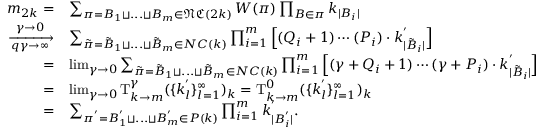
\begin{array} { r l } { m _ { 2 k } = } & { \sum _ { \pi = B _ { 1 } \sqcup . . . \sqcup B _ { m } \in \mathfrak { N C } ( 2 k ) } W ( \pi ) \prod _ { B \in \pi } k _ { | B _ { i } | } } \\ { \xrightarrow [ q \gamma \rightarrow \infty ] { \gamma \rightarrow 0 } } & { \sum _ { \Tilde { \pi } = \Tilde { B } _ { 1 } \sqcup . . . \sqcup \Tilde { B } _ { m } \in N C ( k ) } \prod _ { i = 1 } ^ { m } \Big [ ( Q _ { i } + 1 ) \cdots ( P _ { i } ) \cdot k _ { | \Tilde { B } _ { i } | } ^ { ' } \Big ] } \\ { = } & { \operatorname* { l i m } _ { \gamma \rightarrow 0 } \sum _ { \Tilde { \pi } = \Tilde { B } _ { 1 } \sqcup . . . \sqcup \Tilde { B } _ { m } \in N C ( k ) } \prod _ { i = 1 } ^ { m } \Big [ ( \gamma + Q _ { i } + 1 ) \cdots ( \gamma + P _ { i } ) \cdot k _ { | \Tilde { B } _ { i } | } ^ { ' } \Big ] } \\ { = } & { \operatorname* { l i m } _ { \gamma \rightarrow 0 } \mathrm { T } _ { k \rightarrow m } ^ { \gamma } ( \{ k _ { l } ^ { ' } \} _ { l = 1 } ^ { \infty } ) _ { k } = \mathrm { T } _ { k \rightarrow m } ^ { 0 } ( \{ k _ { l } ^ { ' } \} _ { l = 1 } ^ { \infty } ) _ { k } } \\ { = } & { \sum _ { \pi ^ { ' } = B _ { 1 } ^ { ' } \sqcup . . . \sqcup B _ { m } ^ { ' } \in P ( k ) } \prod _ { i = 1 } ^ { m } k _ { | B _ { i } ^ { ' } | } ^ { ' } . } \end{array}